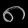
Digit: ၈